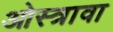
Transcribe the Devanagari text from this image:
ओस्त्रावा